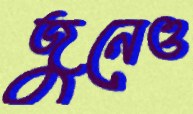
জুনেও